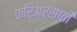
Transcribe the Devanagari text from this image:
करिअरसाठी